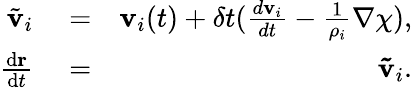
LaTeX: \begin{array}{rlr}{\tilde{\mathbf{v}}_{i}}&{{}=}&{\mathbf{v}_{i}(t)+\delta t(\frac{d\mathbf{v}_{i}}{dt}-\frac{1}{\rho_{i}}\nabla\chi),}\\ {\frac{{\mathrm{d}}\mathbf{r}}{{\mathrm{d}}t}}&{{}=}&{\mathbf{\tilde{v}}_{i}.}\end{array}